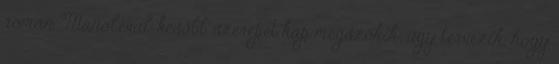
román Manoléval később szerepet kap megszökik; úgy tervezik, hogy